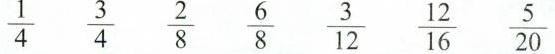
\frac{1}{4} \frac{3}{4} \frac{2}{8} \frac{6}{8} \frac{3}{12} \frac{12}{16} \frac{5}{20}